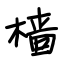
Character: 樯